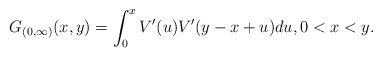
\begin{align*}G_{(0,\infty)}(x,y)=\int^{x}_0V'(u)V'( y-x + u)du,0<x< y.\end{align*}